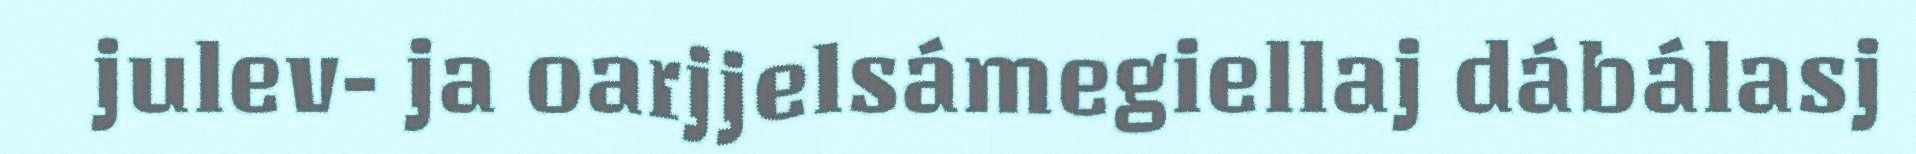
julev- ja oarjjelsámegiellaj dábálasj